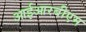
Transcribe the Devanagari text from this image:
आईआरबीएम